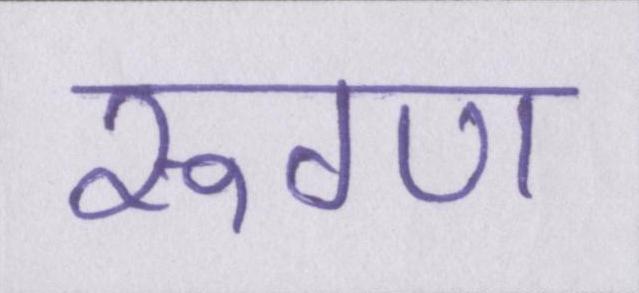
रूग्ण